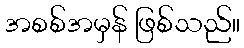
အစစ်အမှန် ဖြစ်သည်။